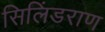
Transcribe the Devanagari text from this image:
सिलिंडराण